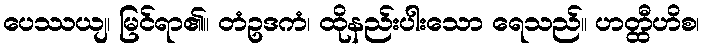
ပေဿယျ၊ မြင်ရာ၏။ တံဥဒကံ၊ ထိုနည်းပါးသော ရေသည်။ ဟတ္ထီဟိစ၊